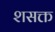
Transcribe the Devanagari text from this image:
शसक्त